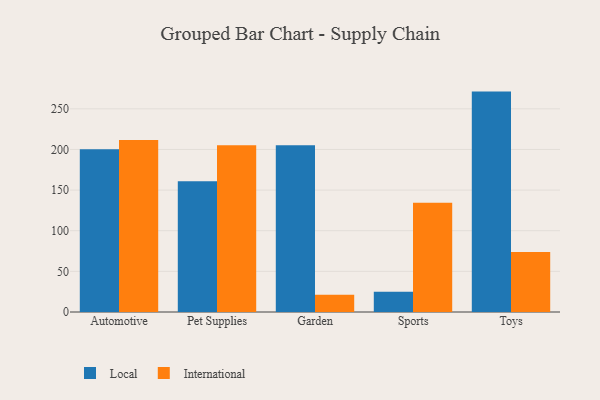
{"axis": {"x": "Category", "y": "Demand Index"}, "legend": ["International", "Local"], "data": [{"x": "Automotive", "y": 200.2, "type": "Local"}, {"x": "Automotive", "y": 211.6, "type": "International"}, {"x": "Pet Supplies", "y": 160.8, "type": "Local"}, {"x": "Pet Supplies", "y": 205.1, "type": "International"}, {"x": "Garden", "y": 205.2, "type": "Local"}, {"x": "Garden", "y": 21.1, "type": "International"}, {"x": "Sports", "y": 25.0, "type": "Local"}, {"x": "Sports", "y": 134.5, "type": "International"}, {"x": "Toys", "y": 271.2, "type": "Local"}, {"x": "Toys", "y": 73.8, "type": "International"}]}